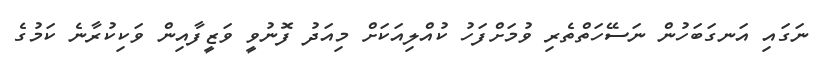
ނަގައި އަނގަބަހުން ނަސޭހަތްތެރި ވުމަށްފަހު ކުއްލިއަކަށް މިއަދު ފޮނުވީ ވަޒީފާއިން ވަކިކުރާނެ ކަމުގެ